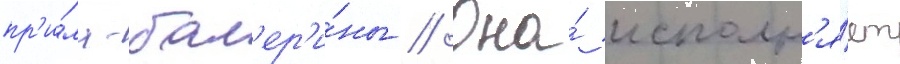
пр'и́ма-бал'ер'и́ны // Она́ исполн'я́ет